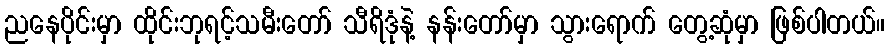
ညနေပိုင်းမှာ ထိုင်းဘုရင့်သမီးတော် သီရိဒုံနဲ့ နန်းတော်မှာ သွားရောက် တွေ့ဆုံမှာ ဖြစ်ပါတယ်။